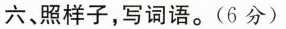
六、照样子，写词语。(6分)